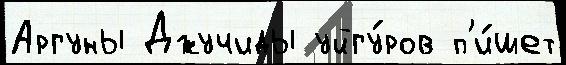
Аргуны Джучиды уйгу́ров п'и́шет